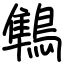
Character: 鶽